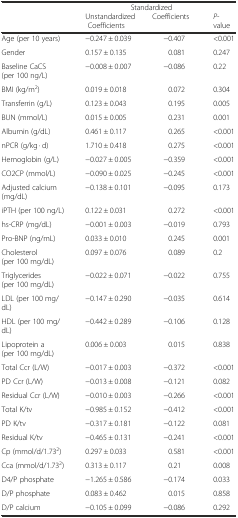
<table><thead><tr><td></td><td><b>Unstandardized Coefficients</b></td><td><b>Standardized Coefficients</b></td><td><b><i>P</i>-value</b></td></tr></thead><tbody><tr><td>Age (per 10 years)</td><td>−0.247 ± 0.039</td><td>−0.407</td><td>&lt;0.001</td></tr><tr><td>Gender</td><td>0.157 ± 0.135</td><td>0.081</td><td>0.247</td></tr><tr><td>Baseline CaCS (per 100 ng/L)</td><td>−0.008 ± 0.007</td><td>−0.086</td><td>0.22</td></tr><tr><td>BMI (kg/m<sup>2</sup>)</td><td>0.019 ± 0.018</td><td>0.072</td><td>0.304</td></tr><tr><td>Transferrin (g/L)</td><td>0.123 ± 0.043</td><td>0.195</td><td>0.005</td></tr><tr><td>BUN (mmol/L)</td><td>0.015 ± 0.005</td><td>0.231</td><td>0.001</td></tr><tr><td>Albumin (g/dL)</td><td>0.461 ± 0.117</td><td>0.265</td><td>&lt;0.001</td></tr><tr><td>nPCR (g/kg · d)</td><td>1.710 ± 0.418</td><td>0.275</td><td>&lt;0.001</td></tr><tr><td>Hemoglobin (g/L)</td><td>−0.027 ± 0.005</td><td>−0.359</td><td>&lt;0.001</td></tr><tr><td>CO2CP (mmol/L)</td><td>−0.090 ± 0.025</td><td>−0.245</td><td>&lt;0.001</td></tr><tr><td>Adjusted calcium (mg/dL)</td><td>−0.138 ± 0.101</td><td>−0.095</td><td>0.173</td></tr><tr><td>iPTH (per 100 ng/L)</td><td>0.122 ± 0.031</td><td>0.272</td><td>&lt;0.001</td></tr><tr><td>hs-CRP (mg/dL)</td><td>−0.001 ± 0.003</td><td>−0.019</td><td>0.793</td></tr><tr><td>Pro-BNP (ng/mL)</td><td>0.033 ± 0.010</td><td>0.245</td><td>0.001</td></tr><tr><td>Cholesterol (per 100 mg/dL)</td><td>0.097 ± 0.076</td><td>0.089</td><td>0.2</td></tr><tr><td>Triglycerides (per 100 mg/dL)</td><td>−0.022 ± 0.071</td><td>−0.022</td><td>0.755</td></tr><tr><td>LDL (per 100 mg/dL)</td><td>−0.147 ± 0.290</td><td>−0.035</td><td>0.614</td></tr><tr><td>HDL (per 100 mg/dL)</td><td>−0.442 ± 0.289</td><td>−0.106</td><td>0.128</td></tr><tr><td>Lipoprotein a (per 100 mg/dL)</td><td>0.006 ± 0.003</td><td>0.015</td><td>0.838</td></tr><tr><td>Total Ccr (L/W)</td><td>−0.017 ± 0.003</td><td>−0.372</td><td>&lt;0.001</td></tr><tr><td>PD Ccr (L/W)</td><td>−0.013 ± 0.008</td><td>−0.121</td><td>0.082</td></tr><tr><td>Residual Ccr (L/W)</td><td>−0.010 ± 0.003</td><td>−0.266</td><td>&lt;0.001</td></tr><tr><td>Total K/tv</td><td>−0.985 ± 0.152</td><td>−0.412</td><td>&lt;0.001</td></tr><tr><td>PD K/tv</td><td>−0.317 ± 0.181</td><td>−0.122</td><td>0.081</td></tr><tr><td>Residual K/tv</td><td>−0.465 ± 0.131</td><td>−0.241</td><td>&lt;0.001</td></tr><tr><td>Cp (mmol/d/1.73<sup>2</sup>)</td><td>0.297 ± 0.033</td><td>0.581</td><td>&lt;0.001</td></tr><tr><td>Cca (mmol/d/1.73<sup>2</sup>)</td><td>0.313 ± 0.117</td><td>0.21</td><td>0.008</td></tr><tr><td>D4/P phosphate</td><td>−1.265 ± 0.586</td><td>−0.174</td><td>0.033</td></tr><tr><td>D/P phosphate</td><td>0.083 ± 0.462</td><td>0.015</td><td>0.858</td></tr><tr><td>D/P calcium</td><td>−0.105 ± 0.099</td><td>−0.086</td><td>0.292</td></tr></tbody></table>